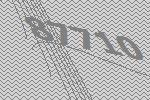
87710